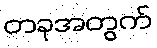
တခုအတွက်